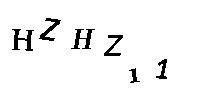
HZHZ11